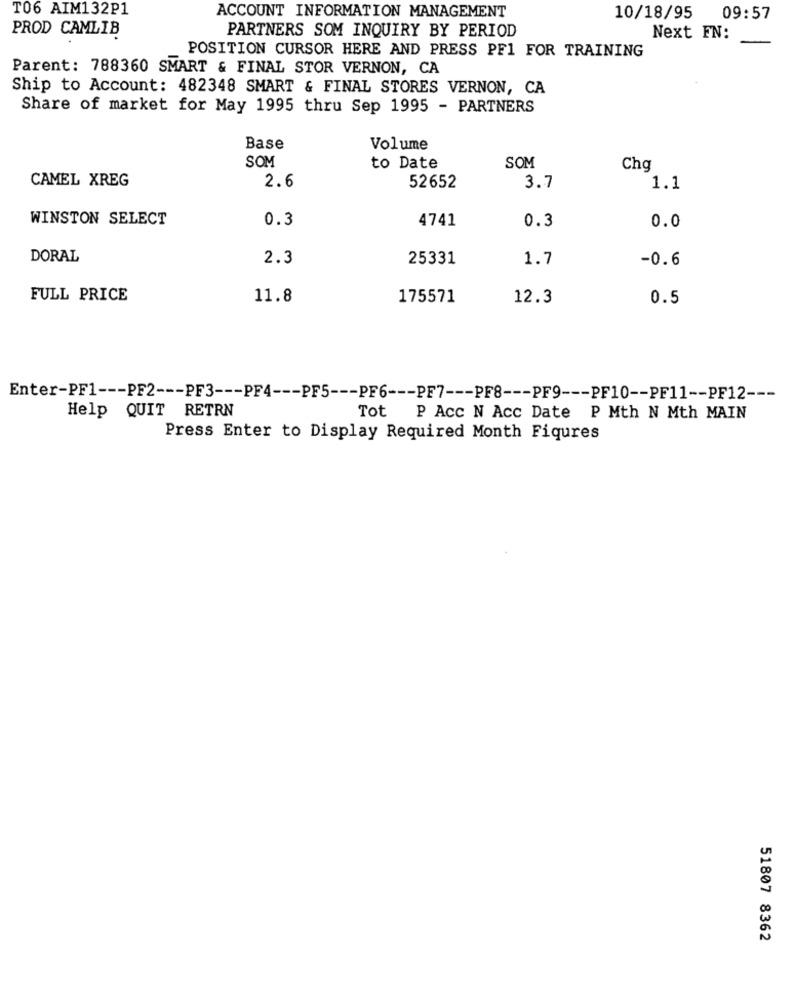
T06 AIM132P1
ACCOUNT INFORMATION MANAGEMENT
10/18/95
09:57
PROD CAMLIB
PARTNERS SOM INQUIRY BY PERIOD
Next FN:
POSITION CURSOR HERE AND PRESS PF1 FOR TRAINING
Parent: 788360 SMART & FINAL STOR VERNON, CA
Ship to Account: 482348 SMART & FINAL STORES VERNON, CA
Share of market for May 1995 thru Sep 1995 - PARTNERS
Base
Volume
SOM
to Date
SOM
Chg
CAMEL XREG
2.6
52652
3.7
1.1
WINSTON SELECT
0.3
4741
0.3
0.0
DORAL
2.3
25331
1.7
-0.6
FULL PRICE
11.8
175571
12.3
0.5
Enter-PF1 --- PF2 --- PF3 --- PF4 --- PF5 --- PF6 --- PF7 --- PF8 --- PF9 --- PF10 -- PF11 -- PF12 ---
Help QUIT RETRN
Tot P Acc N Acc Date P Mth N Mth MAIN
Press Enter to Display Required Month Fiqures
51807 8362